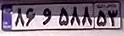
۸۶و۵۸۸۵۳